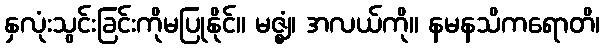
နှလုံးသွင်းခြင်းကိုမပြုနိုင်။ မဇ္ဈံ၊ အလယ်ကို။ နမနသိကရောတိ၊